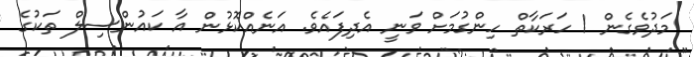
މަދުވެގެން 1 ހަރަކާތް ހިންގުމަށް ވަނީ އެދިފައެވެ. އަނެއްކޮޅުން އާ ކައުންސިލް ތަކުގެ